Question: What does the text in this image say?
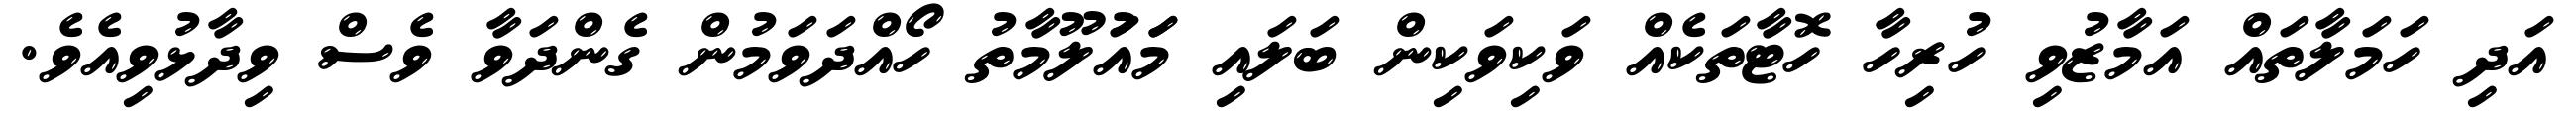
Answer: އަދި ހަމަލާތައް އަމާޒުވި ހުރިހާ ހޮޓާތަކެއް ވަކިވަކިން ބަލައި މަައަުލޫމާތު ހޯއްދަވަމުން ގެންދަވާ ވެސް ވިދާޅުވިއެވެ.